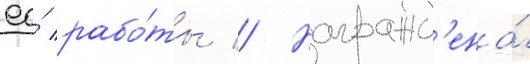
ео́ рабо́ты // Награжд'ена́